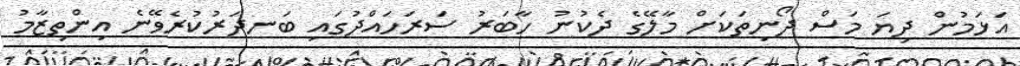
އަޅަމުން ދިޔަ މަސް ދޯނިތަކަށް މާލޭގެ ދެކުނު ހާބަރު ސަރަހައްދުގައި ބަނދަރުކުރެވޭނެ އިންތިޒާމު